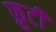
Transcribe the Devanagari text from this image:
फ़्रूटी